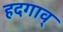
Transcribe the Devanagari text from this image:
हदगाव्